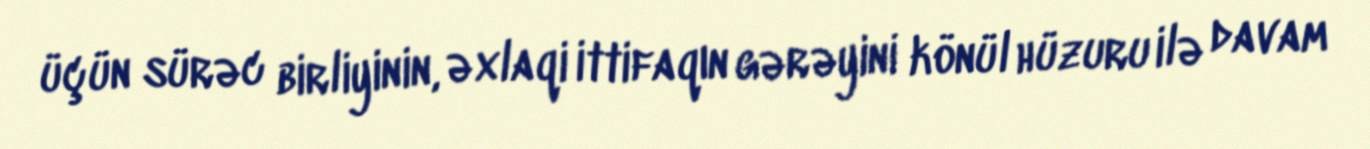
üçün sürəc birliyinin, əxlaqi ittifaqın gərəyini könül hüzuru ilə davam